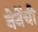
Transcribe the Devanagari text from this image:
नेनेंची